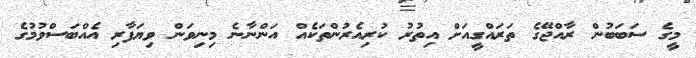
މީގެ ސަބަބުން ރާއްޖޭގެ ތަރައްގީއަށް އިތުރު ކުރިއެރުންތަކެއް އަންނާނެ މިނިވަން ވިޔަފާރި އެއްބަސްވުމުގެ